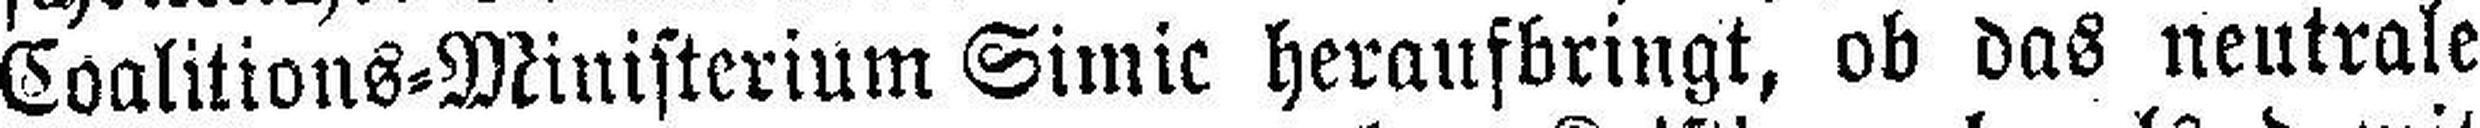
Coalitions=Ministerium Simic heraufbringt, ob das neutrale